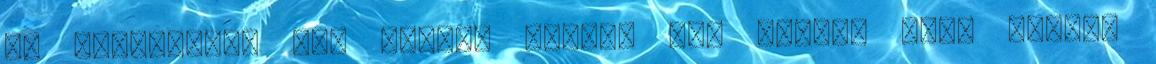
is feltűnnek, nem nagyon fordul elő olyan, hogy valaki